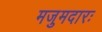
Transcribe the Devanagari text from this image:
मजुमदारः